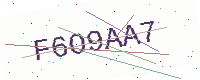
Text: F6O9AA7